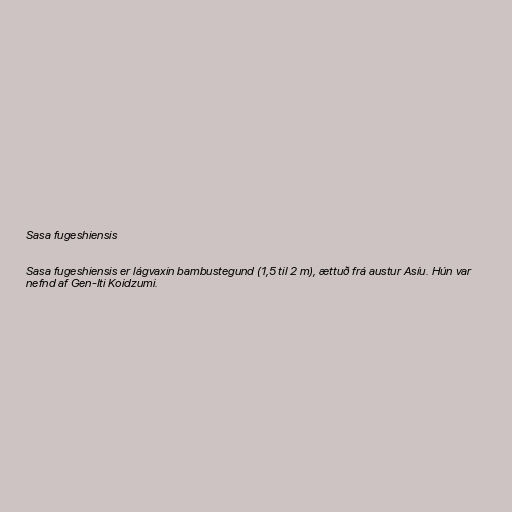
Sasa fugeshiensis

Sasa fugeshiensis er lágvaxin bambustegund (1,5 til 2 m), ættuð frá austur Asíu. Hún var
nefnd af Gen-Iti Koidzumi.